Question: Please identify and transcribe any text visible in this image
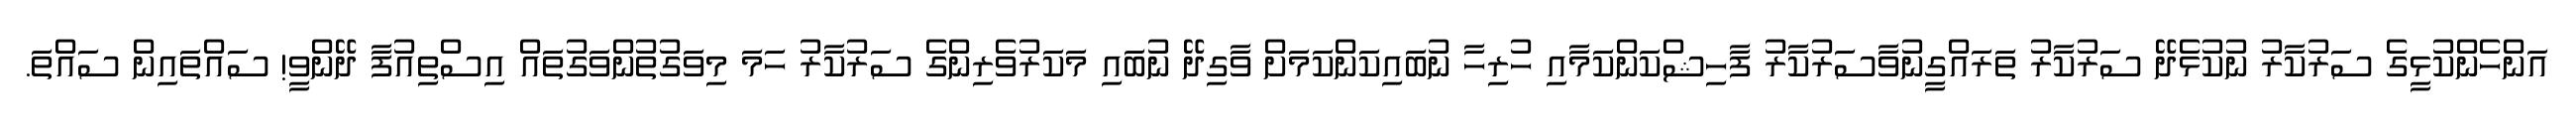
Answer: އަންހެންކުޅީގެ ސަރުކާރު ނުކުޅެދޭ ސަރުކާރު ތަރައްގީނުވާސަރުކާރު ފާހިޝްކަންކަމާއި ހުރިހާ ނުބައިކަންކަމަށް ވާގިދޭ ނުބައި މަކަރުވެރިންގެ ސަރުކާރު ހަމަ މިވަގުތުންވަގުތައް އިސްތިއުފާ ދޭންވީ! ސައްތައިން ސައްތަ.